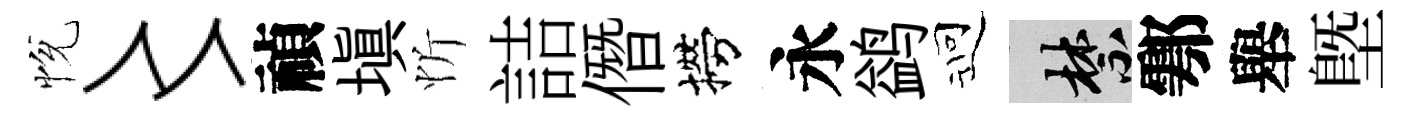
恱〻禎填忻詰僭撈永鹢迎禁鄠舉塈